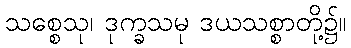
သစ္စေသု၊ ဒုက္ခသမု ဒယသစ္စာတို့၌။